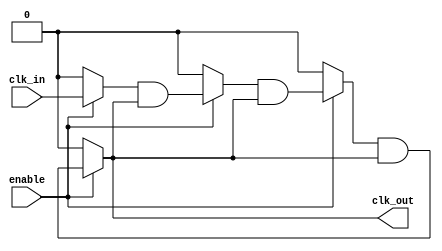
module ClockTreeBuffer (
    input wire clk_in,          // Input clock signal
    input wire enable,          // Enable signal for clock gating
    output wire clk_out         // Output clock signal
);

    // Parameters for buffer sizes and load balancing
    parameter NUM_BRANCHES = 4; // Number of branches in the clock tree
    parameter BUFFER_SIZE = 2;   // Buffer size for each stage

    // Internal signals
    wire [NUM_BRANCHES-1:0] clk_branch; // Branch clock signals
    wire clk_buf;                       // Buffered clock signal

    // Input Buffer Stage
    wire clk_buf_in;
    assign clk_buf_in = clk_in; // Simple buffering for input clock

    // Buffering the input clock signal
    generate
        genvar i;
        for (i = 0; i < NUM_BRANCHES; i = i + 1) begin : buffer_stage
            if (i == 0) begin
                // First stage buffer
                assign clk_branch[i] = (enable) ? clk_buf_in : 1'b0; // Clock gating
            end else begin
                // Subsequent buffer stages
                assign clk_branch[i] = (enable) ? (clk_branch[i-1] & clk_buf) : 1'b0; // Clock gating
            end
        end
    endgenerate

    // Final output buffer stage
    assign clk_buf = clk_branch[NUM_BRANCHES-1]; // Last branch drives the output
    assign clk_out = clk_buf;

endmodule